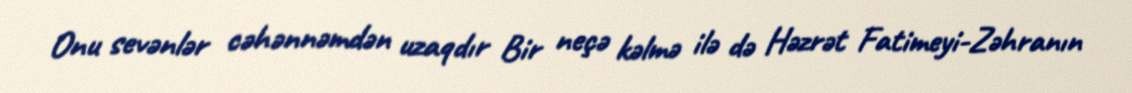
Onu sevənlər cəhənnəmdən uzaqdır Bir neçə kəlmə ilə də Həzrət Fatimeyi-Zəhranın